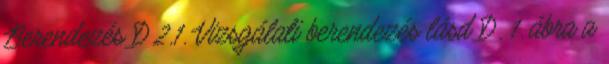
Berendezés D.2.1. Vizsgálati berendezés lásd D. 1. ábra a